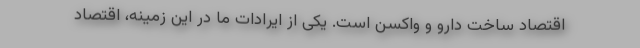
اقتصاد ساخت دارو و واکسن است. یکی از ایرادات ما در این زمینه، اقتصاد